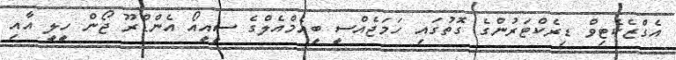
އެގްޒެކެޓިވް ޑިރެކްޓަރުންގެ ގޮތުގައި ހަމަޖެއްސީ ބީއެމްއެލްގެ ސީއީއޯ އެންޑްރޫ ޖޯން ހީލީ އާއި